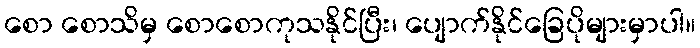
စော စောသိမှ စောစောကုသနိုင်ပြီး၊ ပျောက်နိုင်ခြေပိုများမှာပါ။